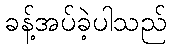
ခန့်အပ်ခဲ့ပါသည်